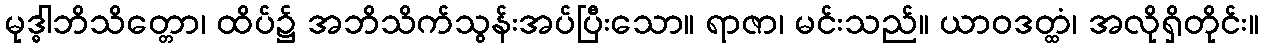
မုဒ္ဓါဘိသိတ္တော၊ ထိပ်၌ အဘိသိက်သွန်းအပ်ပြီးသော။ ရာဇာ၊ မင်းသည်။ ယာဝဒတ္ထံ၊ အလိုရှိတိုင်း။